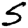
Digit: 5